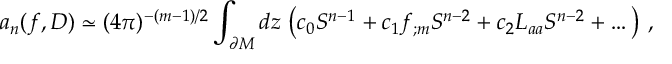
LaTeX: a _ { n } ( f , D ) \simeq ( 4 \pi ) ^ { - ( m - 1 ) / 2 } \int _ { \partial { \cal M } } d z \, \left( c _ { 0 } S ^ { n - 1 } + c _ { 1 } f _ { ; m } S ^ { n - 2 } + c _ { 2 } L _ { a a } S ^ { n - 2 } + \dots \right) \, ,